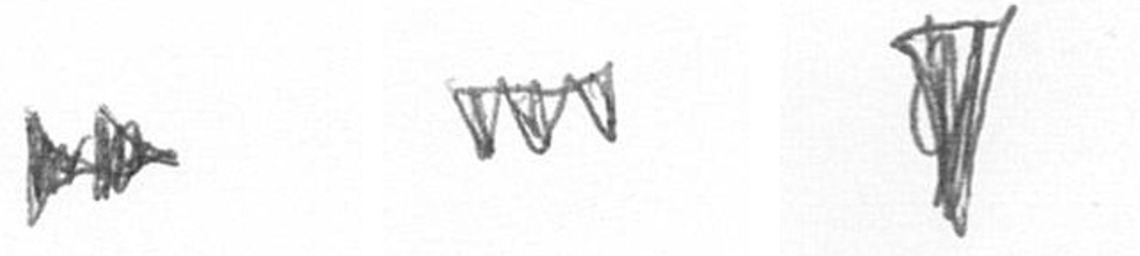
A L J